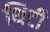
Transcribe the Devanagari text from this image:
थिटी